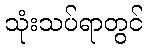
သုံးသပ်ရာတွင်